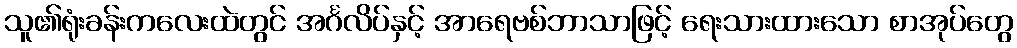
သူ၏ရုံးခန်းကလေးထဲတွင် အင်္ဂလိပ်နှင့် အာရေဗစ်ဘာသာဖြင့် ရေးသားထားသော စာအုပ်တွေ